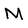
Character: M